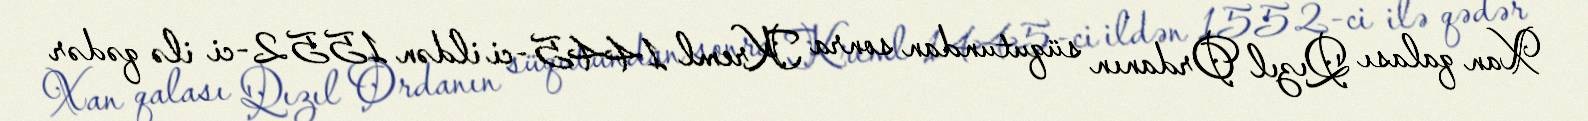
Xan qalası Qızıl Ordanın süqutundan sonra Kreml 1445-ci ildən 1552-ci ilə qədər